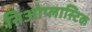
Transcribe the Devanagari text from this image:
निओप्लास्टिक